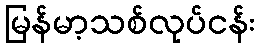
မြန်မာ့သစ်လုပ်ငန်း